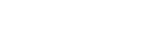
ကုသလကိရိယာ